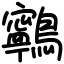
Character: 鸋